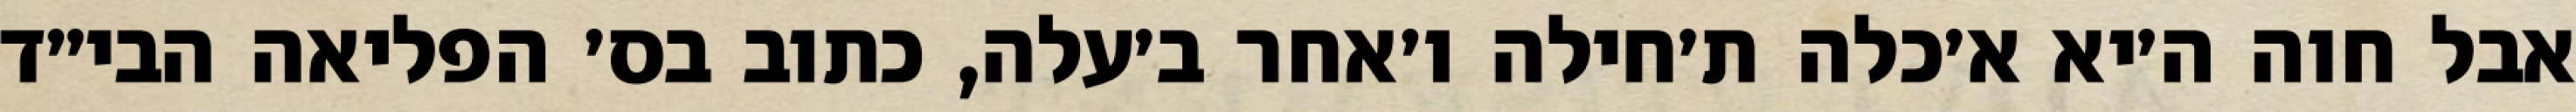
אבל חוה ה׳יא א׳כלה ת׳חילה ו׳אחר ב׳עלה, כתוב בס׳ הפליאה הבי״ד